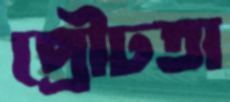
প্রৌঢ়তা